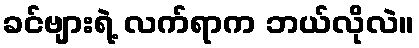
ခင်ဗျားရဲ့ လက်ရာက ဘယ်လိုလဲ။